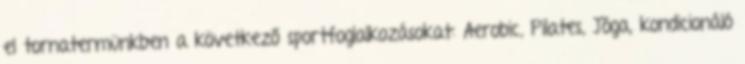
el tornatermünkben a következő sportfoglalkozásokat: Aerobic, Pilates, Jóga, kondicionáló